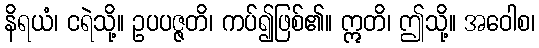
နိရယံ၊ ငရဲသို့။ ဥပပဇ္ဇတိ၊ ကပ်၍ဖြစ်၏။ ဣတိ၊ ဤသို့။ အဝေါစ၊